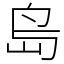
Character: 𡷊